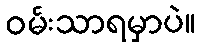
ဝမ်းသာရမှာပဲ။